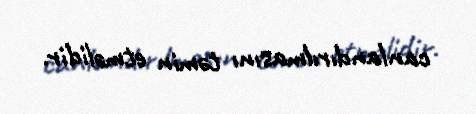
canlandırılmasını təmin etməlidir.